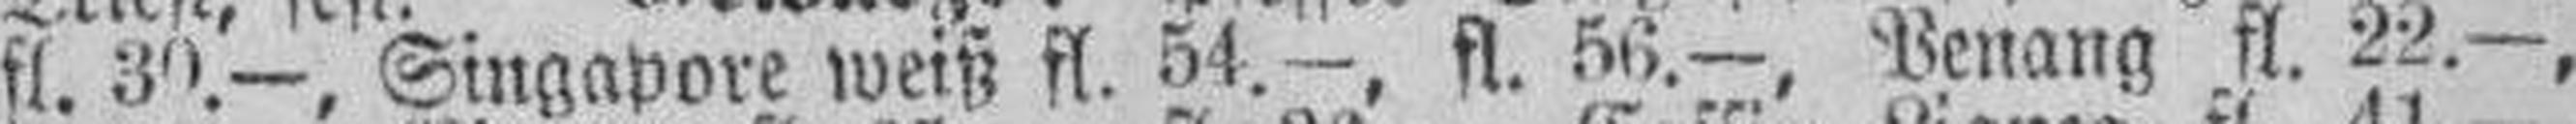
fl. 30.—, Singapore weiß fl. 54.—, fl. 56.—, Penang fl. 22.—,